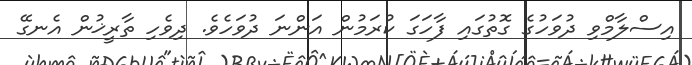
އިސްލާމްވި ދުވަހުގެ ގޮތުގައި ފާހަގަ ކުރަމުން އަންނަ ދުވަހެވެ. ދިވެހި ތާރީޚުން އެނގޭ